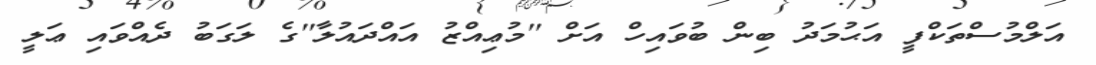
އަލްމުސްތަކްފީ އަޙުމަދު ބިން ބުވައިހް އަށް ''މުޢިއްޒު އައްދައުލާ''ގެ ލަގަބު ދެއްވައި ޢަލީ